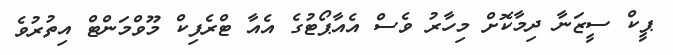
ޕީކް ސީޒަނާ ދިމާކޮށް މިހާރު ވެސް އެއާޕޯޓުގެ އެއާ ޓްރެފިކް މޫވްމަންޓް އިތުރުވެ